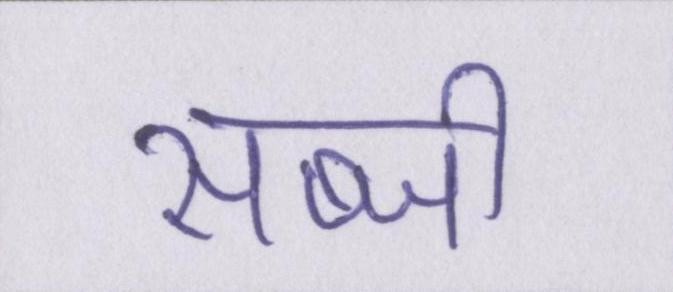
सब्जी